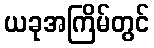
ယခုအကြိမ်တွင်